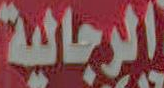
الرجالية